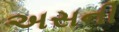
અસની